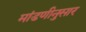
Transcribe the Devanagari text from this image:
मांडणीनुसार